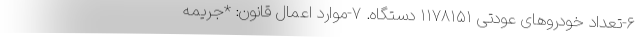
۶-تعداد خودروهای عودتی ۱۱۷۸۱۵۱ دستگاه. ۷-موارد اعمال قانون: *جریمه